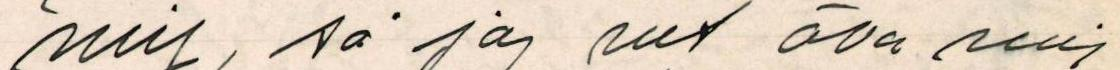
mig, så jag vet öva min